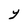
Character: y